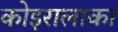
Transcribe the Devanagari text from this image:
कोइरालाका